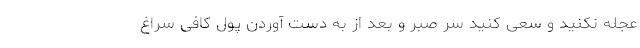
عجله نکنید و سعی کنید سر صبر و بعد از به دست آوردن پول کافی سراغ